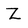
Character: Z